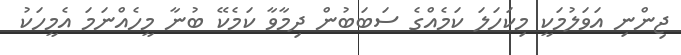
ޖިންނި އަވަލުމަކީ މިކަހަލަ ކަމެއްގެ ސަބަބުން ދިމާވާ ކަމެކޭ ބުނާ މީހެއްނަމަ އެމީހަކު